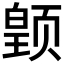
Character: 𱂳